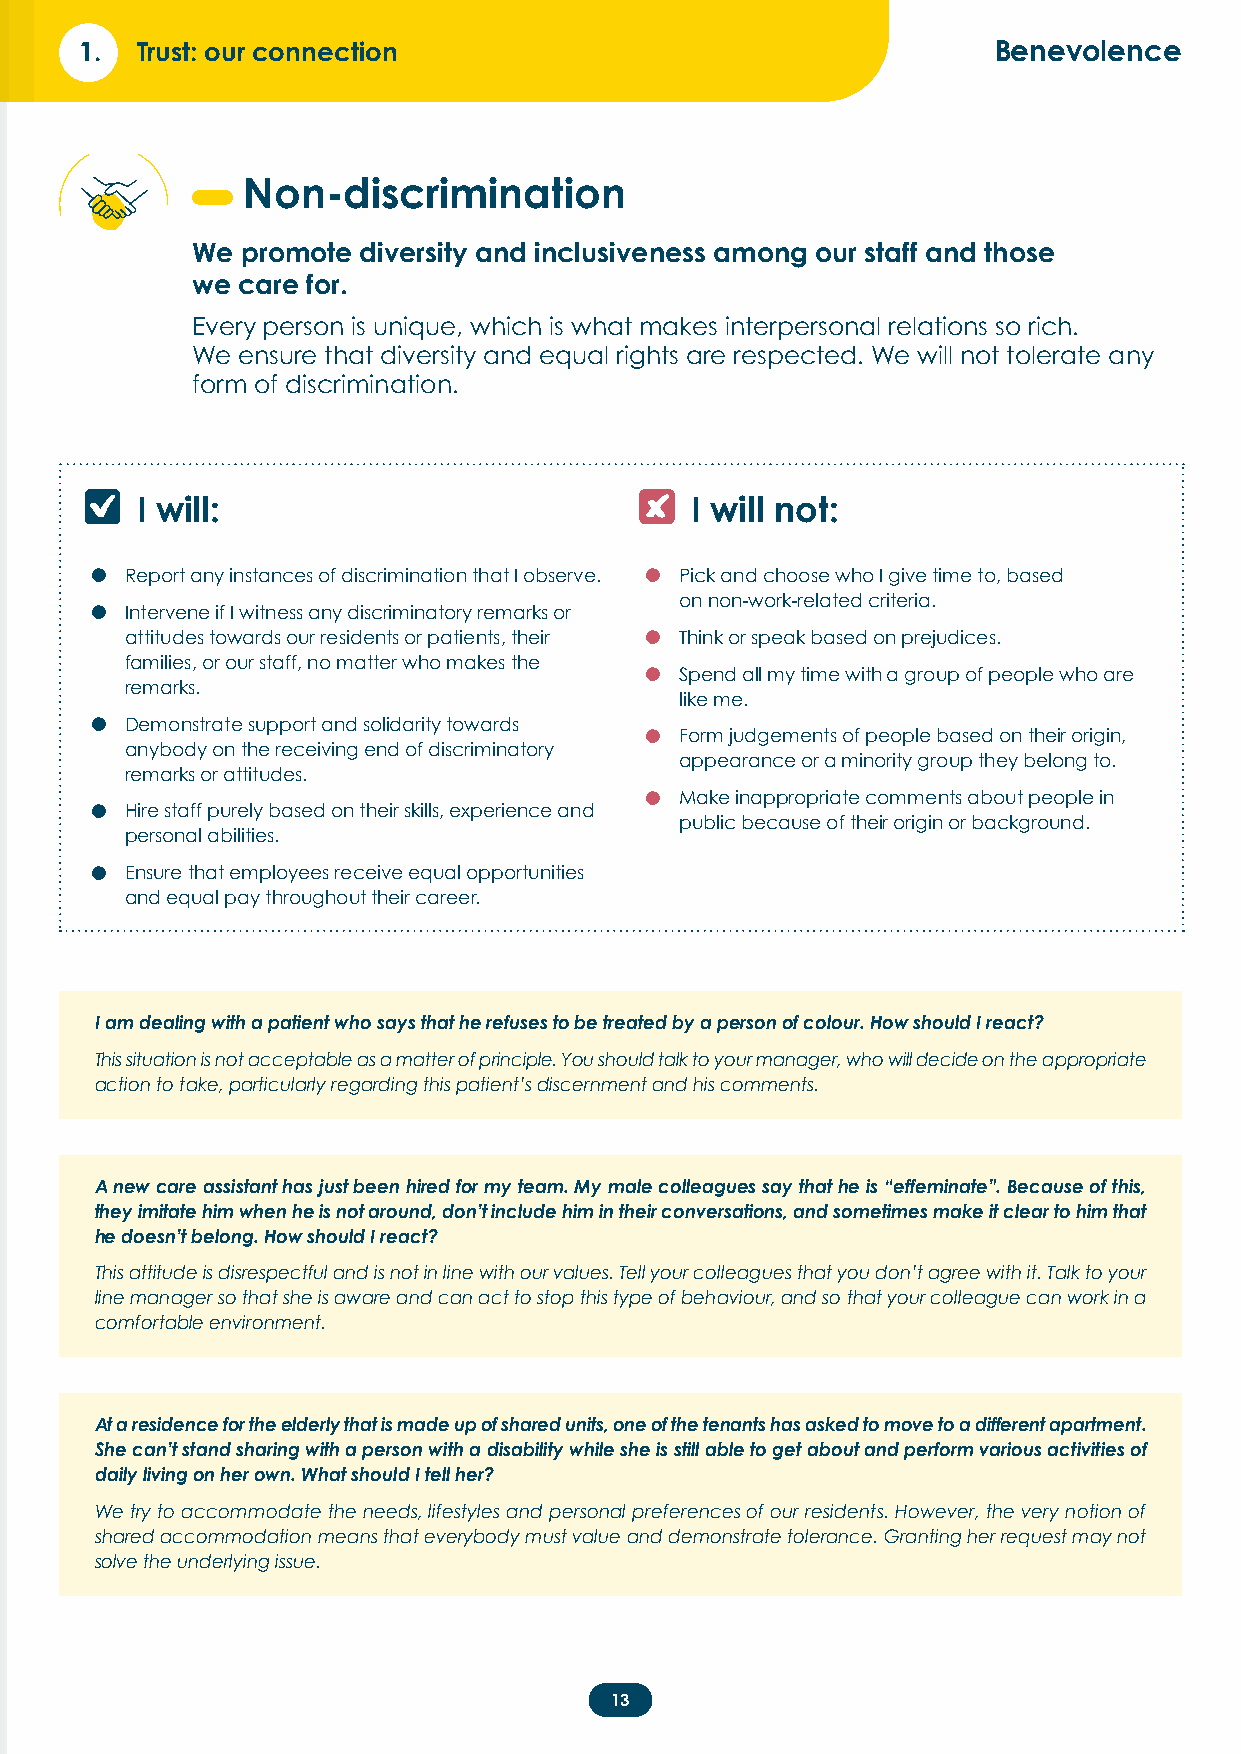
1.  Trust: our connection                                    Benevolence
 Non-discrimination
 We promote diversity and inclusiveness among our staff and those
 we care for.
 Every person is unique, which is what makes interpersonal relations so rich.
 We ensure that diversity and equal rights are respected. We will not tolerate any
 form of discrimination.
 I will:                              I will not:
 •                                   •
 Report any instances of discrimination that I observe. Pick and choose who I give time to, based
 •                                      on non-work-related criteria.
 Intervene if I witness any discriminatory remarks or
 •
 attitudes towards our residents or patients, their Think or speak based on prejudices.
 families, or our staff, no matter who makes the •
 Spend all my time with a group of people who are
 remarks.
 like me.
 •
 Demonstrate support and solidarity towards •
 Form judgements of people based on their origin,
 anybody on the receiving end of discriminatory
 appearance or a minority group they belong to.
 remarks or attitudes.
 •
 •                                      Make inappropriate comments about people in
 Hire staff purely based on their skills, experience and
 public because of their origin or background.
 personal abilities.
 •
 Ensure that employees receive equal opportunities
 and equal pay throughout their career.
 I am dealing with a patient who says that he refuses to be treated by a person of colour. How should I react?
 This situation is not acceptable as a matter of principle. You should talk to your manager, who will decide on the appropriate
 action to take, particularly regarding this patient’s discernment and his comments.
 A new care assistant has just been hired for my team. My male colleagues say that he is “effeminate”. Because of this,
 they imitate him when he is not around, don’t include him in their conversations, and sometimes make it clear to him that
 he doesn’t belong. How should I react?
 This attitude is disrespectful and is not in line with our values. Tell your colleagues that you don’t agree with it. Talk to your
 line manager so that she is aware and can act to stop this type of behaviour, and so that your colleague can work in a
 comfortable environment.
 At a residence for the elderly that is made up of shared units, one of the tenants has asked to move to a different apartment.
 She can’t stand sharing with a person with a disability while she is still able to get about and perform various activities of
 daily living on her own. What should I tell her?
 We try to accommodate the needs, lifestyles and personal preferences of our residents. However, the very notion of
 shared accommodation means that everybody must value and demonstrate tolerance. Granting her request may not
 solve the underlying issue.
 13